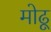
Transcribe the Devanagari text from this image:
मोढू